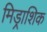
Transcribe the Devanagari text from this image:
मिड्राशिक